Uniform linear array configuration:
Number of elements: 12
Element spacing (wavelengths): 1
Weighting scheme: hamming
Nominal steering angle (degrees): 0
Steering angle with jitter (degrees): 0.6224
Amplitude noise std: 0.05
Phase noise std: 0.05

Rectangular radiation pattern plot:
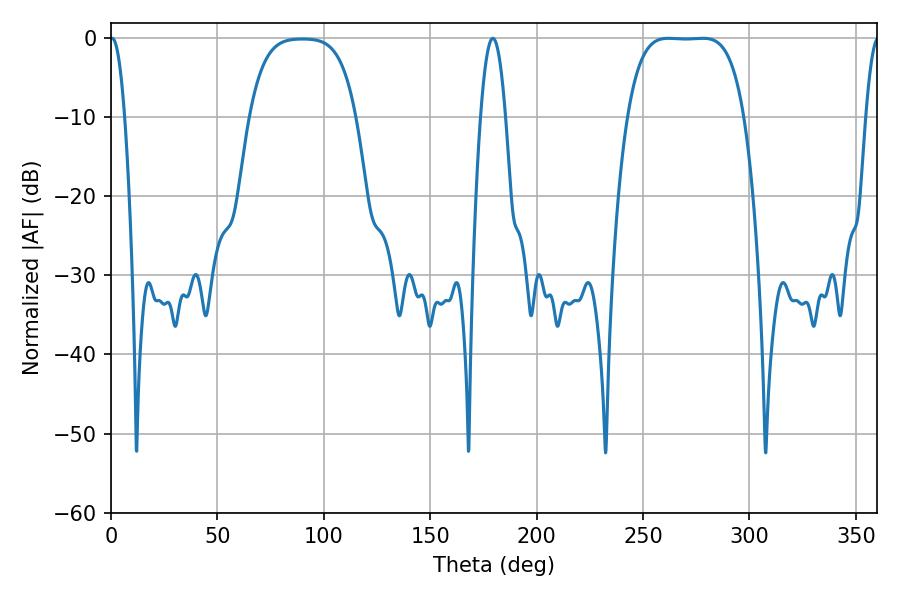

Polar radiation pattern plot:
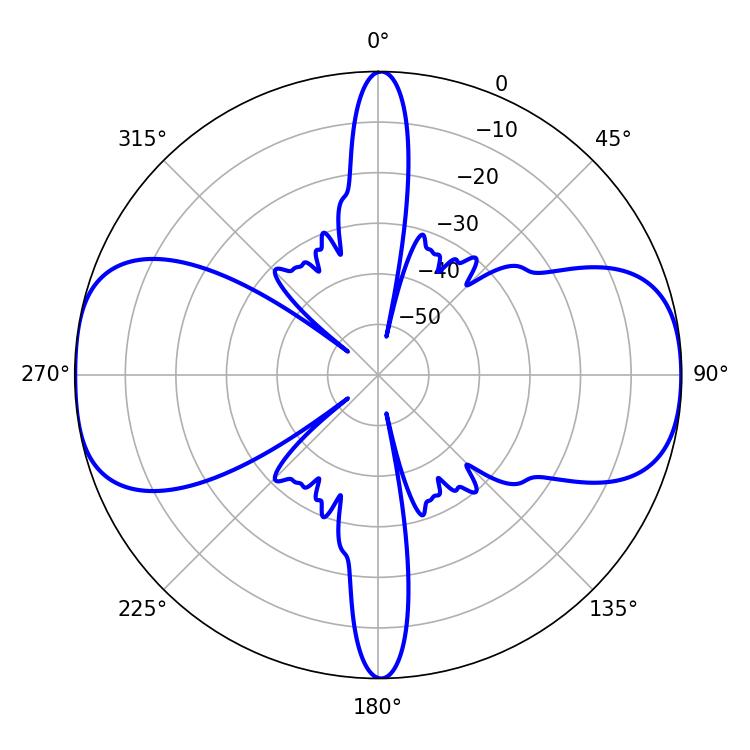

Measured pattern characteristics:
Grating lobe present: TRUE
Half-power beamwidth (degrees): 42.12
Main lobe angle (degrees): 261.9